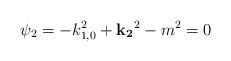
LaTeX: \begin{align*}\psi_2=-k_{1,0}^2+{\bf k_2}^2-m^2=0\end{align*}